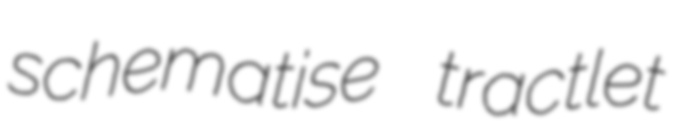
schematise tractlet